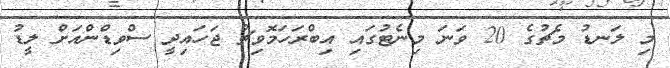
މި ލަނޑު މެޗުގެ 20 ވަނަ މިނެޓުގައި އިބްރަހަމޮވިޗު ޖަހައިދީ ސްވިޑްންއަށް ލީޑު